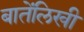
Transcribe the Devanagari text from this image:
बातेंलिखी